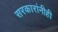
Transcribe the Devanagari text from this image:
सरकारांनीही